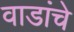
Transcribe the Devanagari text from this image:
वाडांचे